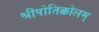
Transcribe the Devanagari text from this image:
श्रीपोतिक्कोलम्